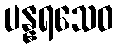
ပန္နရသေဝ